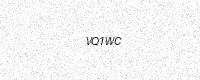
Text: VQ1WC